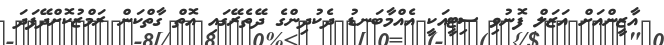
އާޒީންއަށް އަޒަލް ފޮނުވި ސިޓީއަކީ އެއްމާބަނޑު ދެކުދިންގެ ދޭތެރޭގައި އޮތް ގާތްކަން ރަމްޒުކޮށްދޭފަދަ